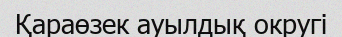
Қараөзек ауылдық округі